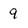
Character: 9